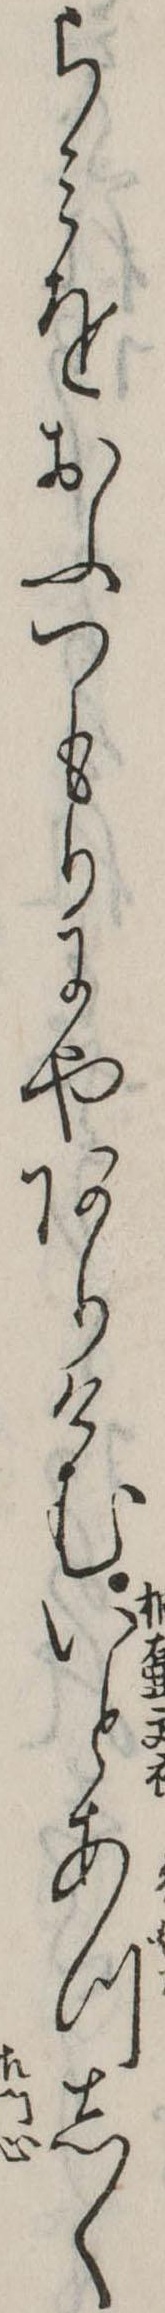
らみをおふつもりにやありけむいとあづしく